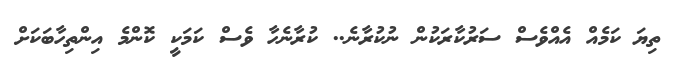
ތިޔަ ކަމެއް އެއްވެސް ސަރުކާރަކުން ނުކުރާނެ.. ކުރާނެހާ ވެސް ކަމަކީ ކޮންމެ އިންތިހާބަކަށް